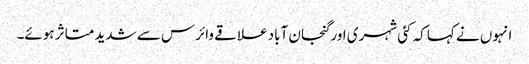
انہوں نے کہا کہ کئی شہری اور گنجان آباد علاقے وائرس سے شدید متاثر ہوئے۔